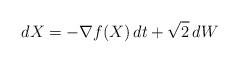
LaTeX: \begin{align*}dX = -\nabla f(X) \, dt + \sqrt{2} \, dW\end{align*}